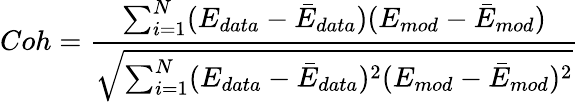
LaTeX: Coh=\frac{\sum_{i=1}^{N}(E_{data}-\bar{E}_{data})(E_{mod}-\bar{E}_{mod})}{\sqrt{{\sum_{i=1}^{N}}(E_{data}-\bar{E}_{data})^{2}(E_{mod}-\bar{E}_{mod})^{2}}}